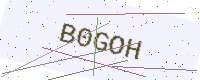
Text: B0GOH